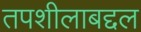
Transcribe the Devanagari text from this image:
तपशीलाबद्दल